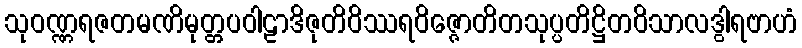
သုဝဏ္ဏရဇတမဏိမုတ္တပဝါဠာဒိဇုတိဝိဿရဝိဇ္ဇောတိတသုပ္ပတိဋ္ဌိတဝိသာလဒွါရဗာဟံ